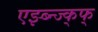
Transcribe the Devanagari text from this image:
एझ्ब्न्ज्क्फ्